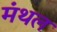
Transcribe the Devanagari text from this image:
मंथल